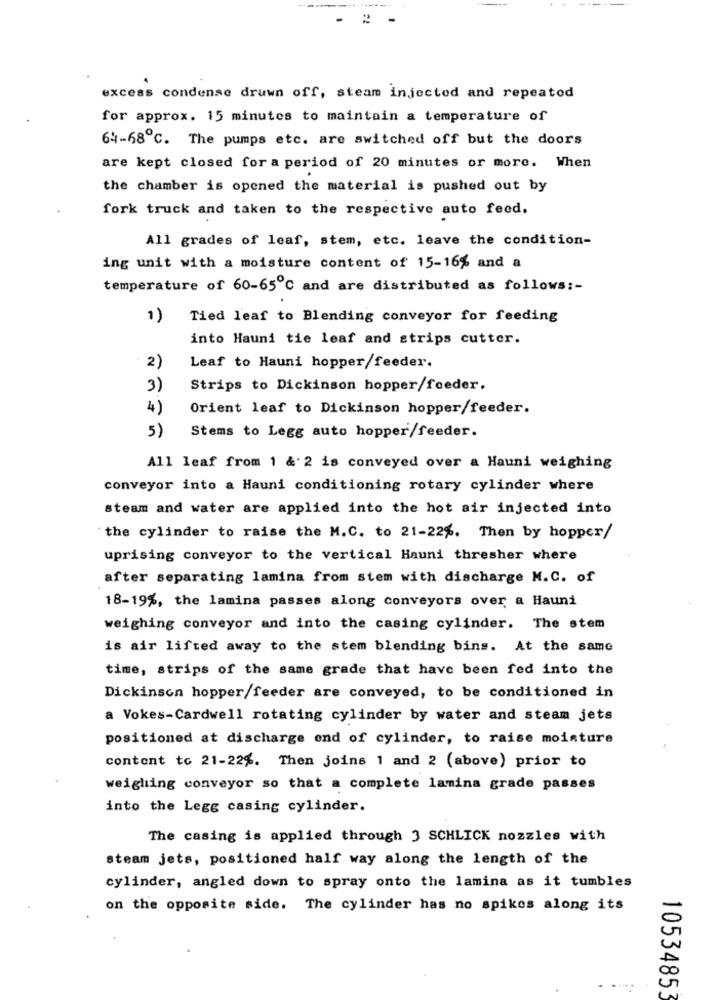
-
excess condense drawn off, steam injected and repeatod
for approx. 15 minutes to maintain a temperature of
64-58 ℃. The pumps etc. are switched off but the doors
are kept closed for a period of 20 minutes or more. When
the chamber is opened the material is pushed out by
fork truck and taken to the respective auto feed.
All grades of leaf, stem, etc. leave the condition-
ing unit with a moisture content of 15-16% and a
temperature of 60-65℃ and are distributed as follows :-
1)
Tied leaf to Blending conveyor for feeding
into Hauni tie leaf and strips cutter.
2)
Leaf to Hauni hopper/feeder.
3)
Strips to Dickinson hopper/foeder.
4)
Orient leaf to Dickinson hopper/feeder.
Stems to Legg auto hopper/feeder.
5)
All leaf from 1 & 2 is conveyed over a Hauni weighing
conveyor into a Hauni conditioning rotary cylinder where
steam and water are applied into the hot air injected into
the cylinder to raise the M.C. to 21-22%. Then by hopper/
uprising conveyor to the vertical Hauni thresher where
after separating lamina from stem with discharge M.C. of
18-19%, the lamina passes along conveyors over a Hauni
weighing conveyor and into the casing cylinder. The stem
is air lifted away to the stem blending bing. At the same
time, strips of the same grade that have been fed into the
Dickinson hopper/feeder are conveyed, to be conditioned in
a Vokes-Cardwell rotating cylinder by water and steam jets
positioned at discharge end of cylinder, to raise moisture
content to 21-22%. Then joins 1 and 2 (above) prior to
weighing conveyor so that a complete lamina grade passes
into the Legg casing cylinder.
The casing is applied through 3 SCHLICK nozzles with
steam jets, positioned half way along the length of the
cylinder, angled down to spray onto the lamina as it tumbles
on the opposite side. The cylinder has no spikes along its
10534853